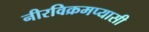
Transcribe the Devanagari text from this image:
नीरविक्रमप्यासी